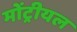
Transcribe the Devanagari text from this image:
मोंट्रीयल